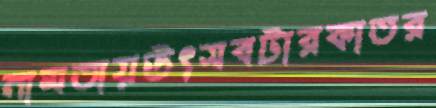
নামতায়উৎসবটারকাতর